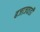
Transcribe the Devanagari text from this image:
बजाजवाडी